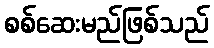
စစ်ဆေးမည်ဖြစ်သည်